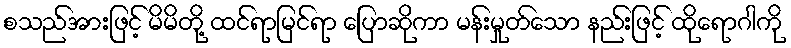
စသည်အားဖြင့် မိမိတို့ ထင်ရာမြင်ရာ ပြောဆိုကာ မန်းမှုတ်သော နည်းဖြင့် ထိုရောဂါကို